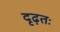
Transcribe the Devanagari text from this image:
दृढ़तः